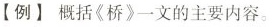
【例】概括《桥》一文的主要内容。